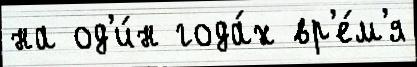
на од'и́н года́х вр'е́м'я